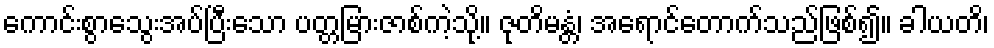
ကောင်းစွာသွေးအပ်ပြီးသော ပတ္တမြားဇာစ်ကဲ့သို့။ ဇုတိမန္တံ၊ အရောင်တောက်သည်ဖြစ်၍။ ခါယတိ၊